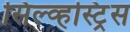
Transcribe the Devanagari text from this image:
सिल्व्हस्ट्रिस